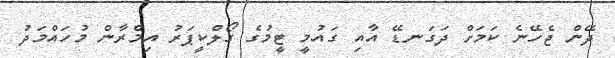
ދޭން ޖެހޭނެ ކަމަށް ދަގަނޑޭ އާއި ގައުމީ ޓީމުގެ ގޯލްކީޕަރު އިމްރާން މުހައްމަދު